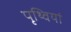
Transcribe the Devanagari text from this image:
पृथ्वियां